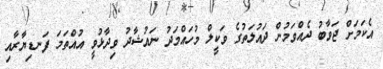
އެކަމަށް ޖަވާބު ދެއްވަމުން ދައުލަތުގެ ވަކީލް މުހައްމަދު ނައުޝާދު ވިދާޅުވީ އުއްތަމަ ފަނޑިޔާރާއި